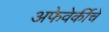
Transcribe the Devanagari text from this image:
अफेवेर्कीचे